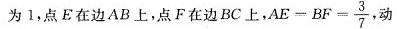
为1，点E在边AB上，点F在边BC上， $$ . A E = B F = \frac{3}{7} $$ 动